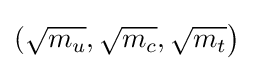
({\sqrt {m_{u}}},{\sqrt {m_{c}}},{\sqrt {m_{t}}}{\big )}